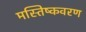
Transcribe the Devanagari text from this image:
मस्तिष्कवरण